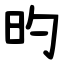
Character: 旳